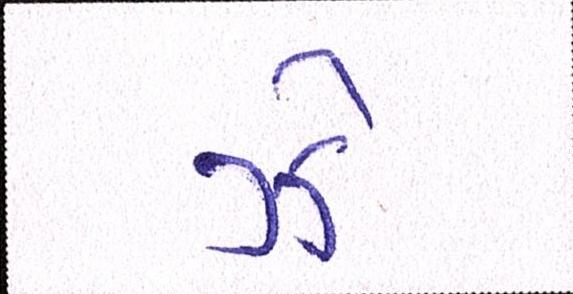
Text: ઝેૄ